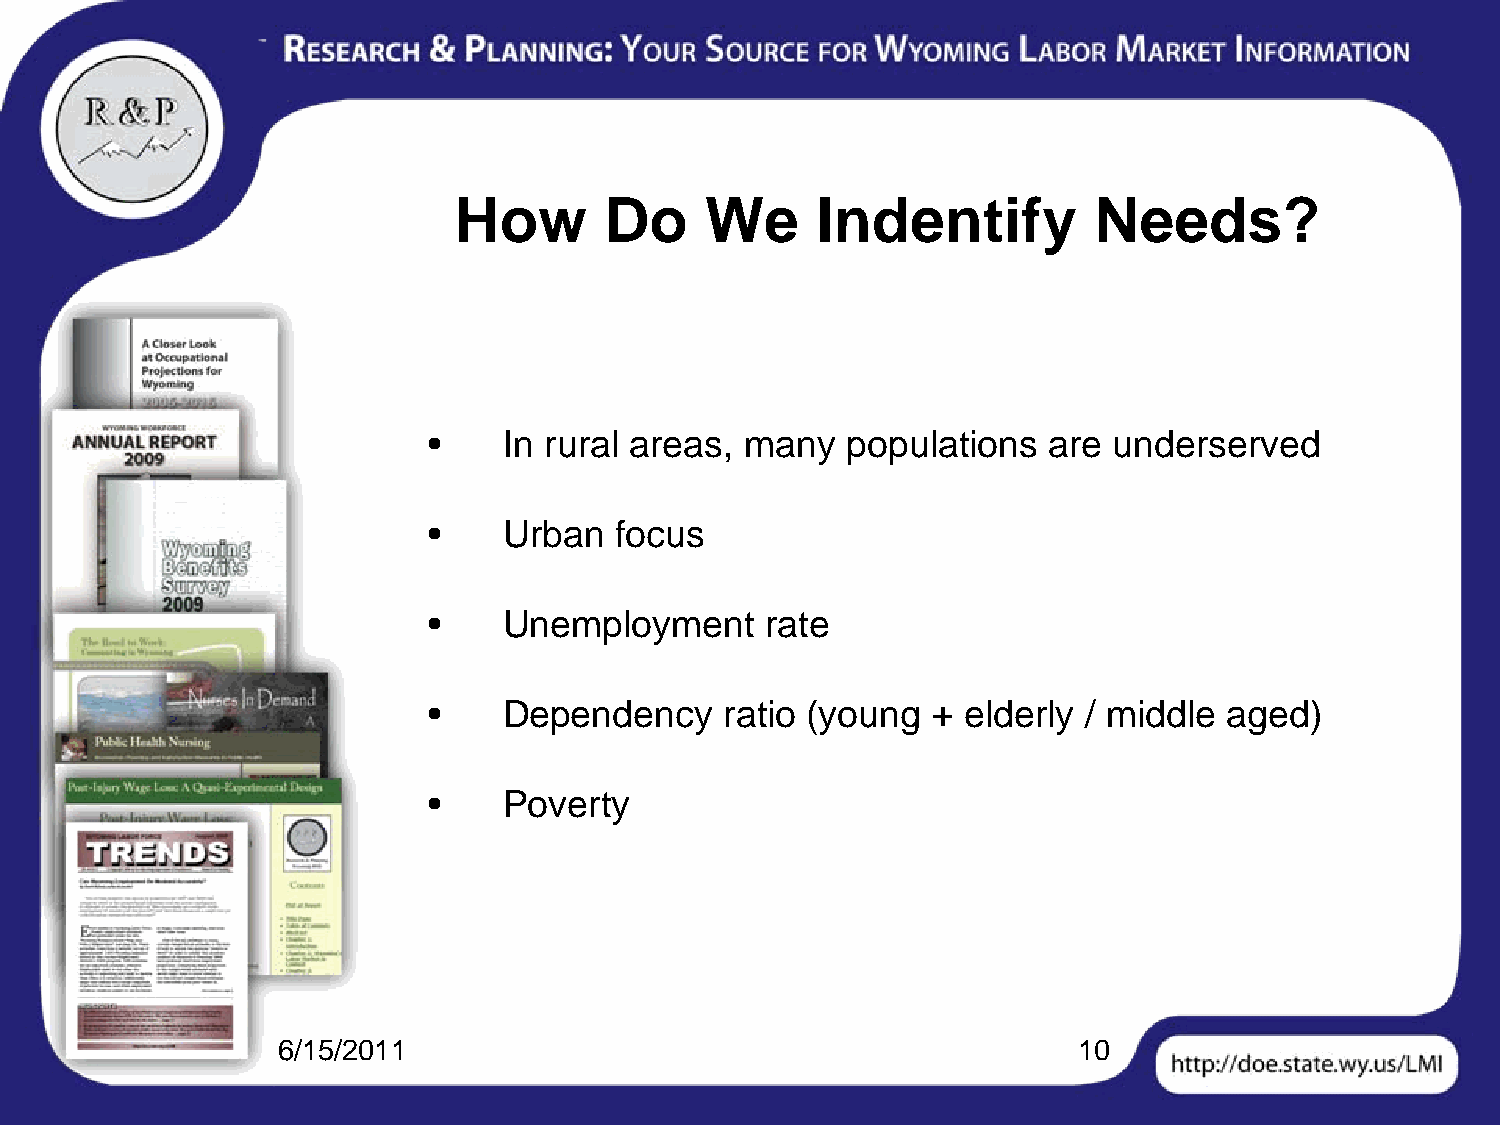
How       Do     We     Indentify         Needs?
 •    In rural areas, many   populations  are  underserved
 •    Urban   focus
 •    Unemployment      rate
 •    Dependency     ratio (young  + elderly / middle aged)
 •    Poverty
 6/15/2011                                            10